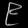
Digit: ၉